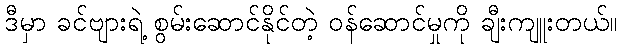
ဒီမှာ ခင်ဗျားရဲ့ စွမ်းဆောင်နိုင်တဲ့ ဝန်ဆောင်မှုကို ချီးကျူးတယ်။